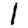
Digit: 1